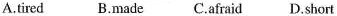
A.tired B.made C.afraid D.short